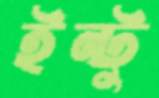
ইন্টু